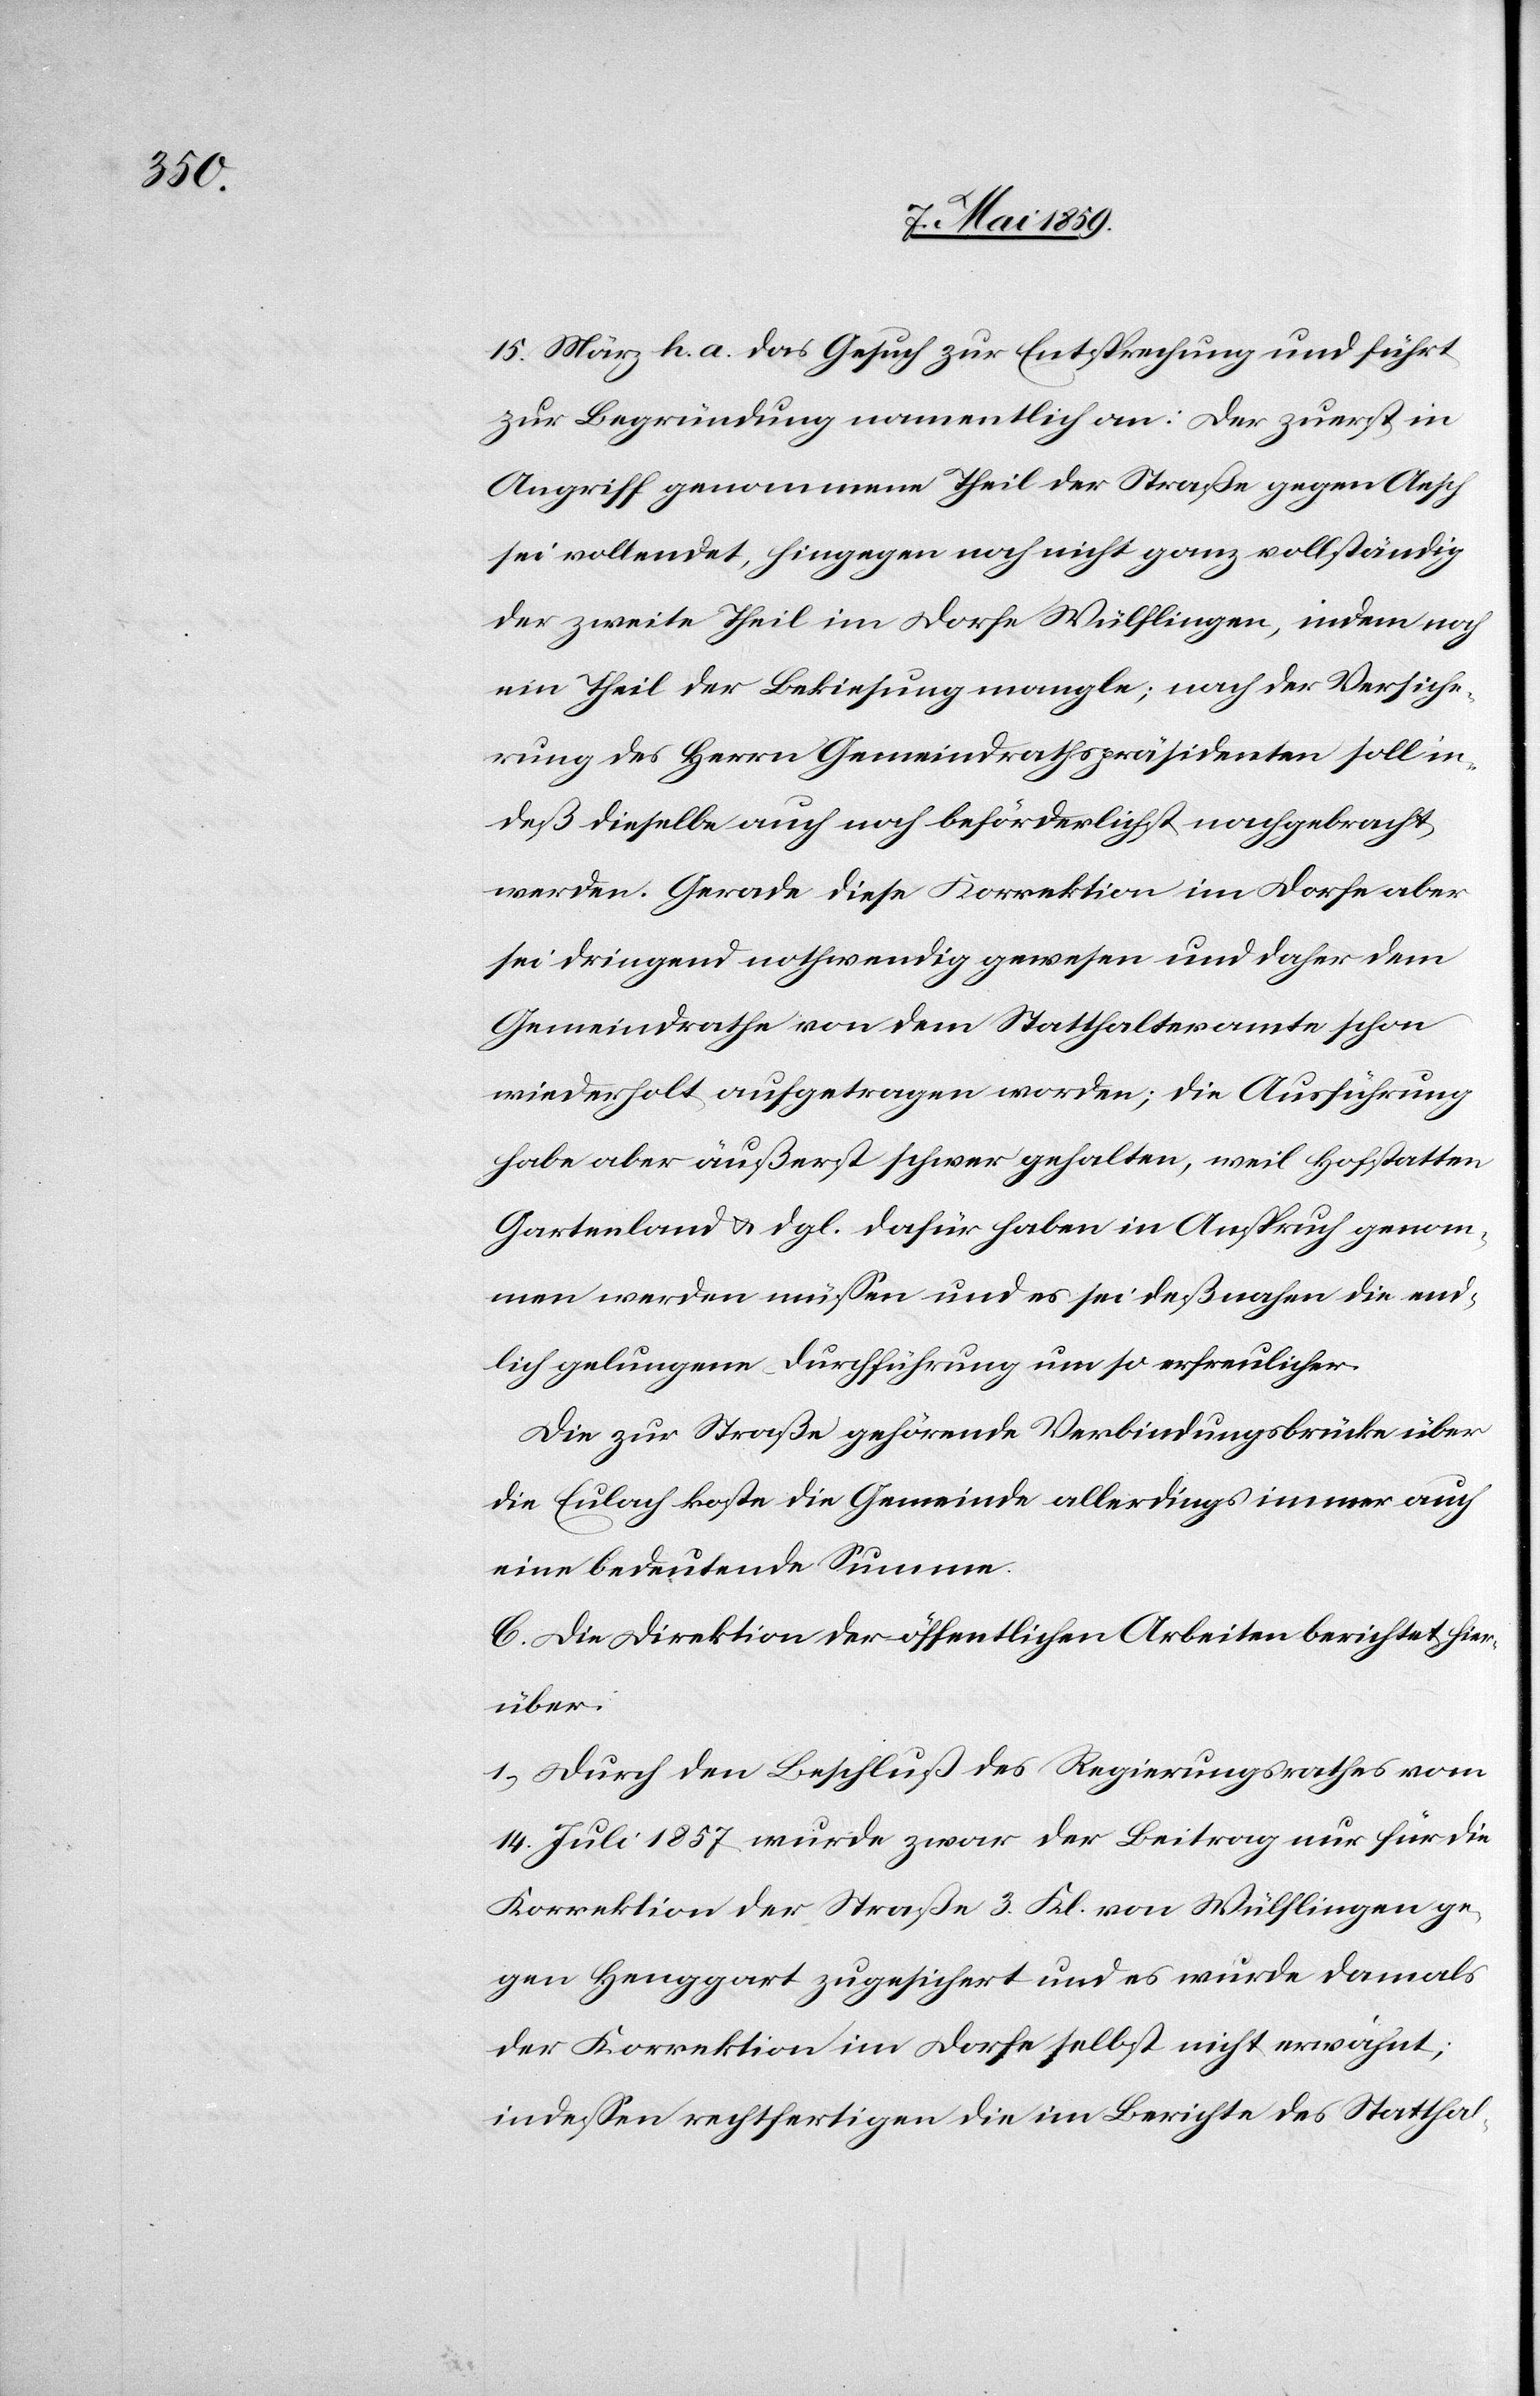
15. März h. a. das Gesuch zur Entsprechung und führt
zur Begründung namentlich an: Der zuerst in
Angriff genommene Theil der Straße gegen Aesch
sei vollendet, hingegen noch nicht ganz vollständig
der zweite Theil im Dorfe Wülflingen, indem noch
ein Theil der Bekiesung mangle; nach der Versiche¬
rung des Herrn Gemeindrathspräsidenten soll in¬
deß dieselbe auch noch beförderlichst nachgebracht
werden. Gerade diese Korrektion im Dorfe aber
sei dringend nothwendig gewesen und daher dem
Gemeindrathe von dem Statthalteramte schon
wiederholt aufgetragen worden; die Ausführung
habe aber äußerst schwer gehalten, weil Hofstatten
Gartenland u. dgl. dafür haben in Anspruch genom¬
men werden müßen und es sei deßnahen die end¬
lich gelungene Durchführung um so erfreulicher.
Die zur Straße gehörende Verbindungsbrücke über
die Eulach koste die Gemeinde allerdings immer auch
eine bedeutende Summe.
C. Die Direktion der öffentlichen Arbeiten berichtet hier¬
über:
1) Durch den Beschluß des Regierungsrathes vom
14. Juli 1857 wurde zwar der Beitrag nur für die
Korrektion der Straße 3. Kl. von Wülflingen ge¬
gen Henggart zugesichert und es wurde damals
der Korrektion im Dorfe selbst nicht erwähnt;
indeßen rechtfertigen die im Berichte des Statthal-